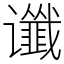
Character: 谶